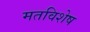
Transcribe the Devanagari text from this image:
मतविशेष